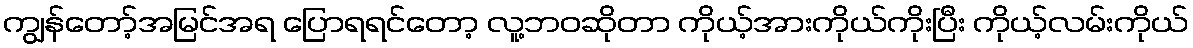
ကျွန်တော့်အမြင်အရ ပြောရရင်တော့ လူ့ဘဝဆိုတာ ကိုယ့်အားကိုယ်ကိုးပြီး ကိုယ့်လမ်းကိုယ်